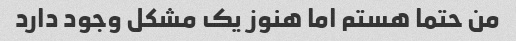
من حتما هستم اما هنوز یک مشکل وجود دارد